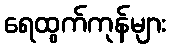
ရေထွက်ကုန်များ